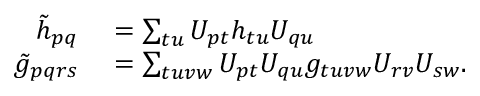
\begin{array} { r l } { \tilde { h } _ { p q } } & { { } = \sum _ { t u } U _ { p t } { h } _ { t u } U _ { q u } } \\ { \tilde { g } _ { p q r s } } & { { } = \sum _ { t u v w } U _ { p t } U _ { q u } { g } _ { t u v w } U _ { r v } U _ { s w } . } \end{array}